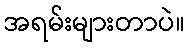
အရမ်းများတာပဲ။